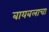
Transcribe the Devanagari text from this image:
बायबलाचा